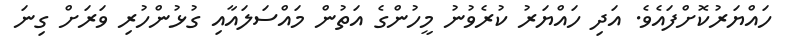
ހައްޔަރުކޮށްފައެވެ. އަދި ހައްޔަރު ކުރެވުނު މީހުންގެ އަތުން މައްސަލައާއި ގުޅުންހުރި ވަރަށް ގިނަ